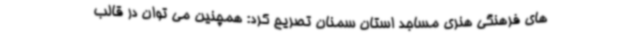
های فرهنگی هنری مساجد استان سمنان تصریح کرد: همچنین می توان در قالب